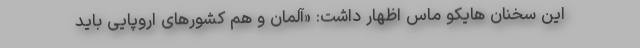
این سخنان هایکو ماس اظهار داشت: «آلمان و هم کشورهای اروپایی باید